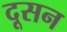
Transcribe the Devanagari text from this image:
दूसन